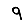
Digit: 9